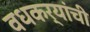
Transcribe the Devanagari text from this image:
वधकर्यांची